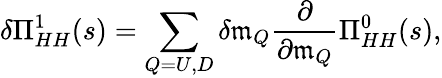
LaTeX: \delta\Pi_{HH}^{1}(s)=\sum_{Q=U,D}\delta\mathfrak{m}_{Q}{\frac{{\partial}}{{\partial\mathfrak{m}_{Q}}}}\Pi_{HH}^{0}(s),